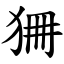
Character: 狦